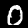
Label: 0